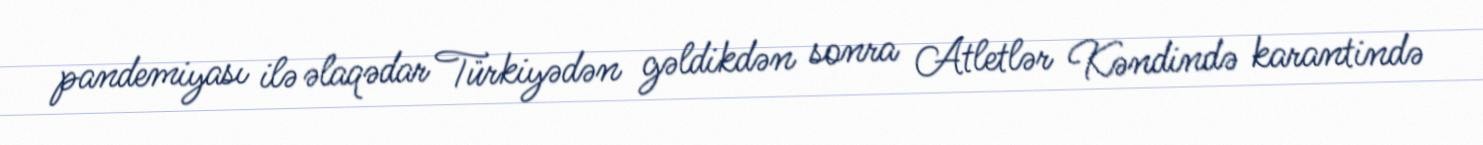
pandemiyası ilə əlaqədar Türkiyədən gəldikdən sonra Atletlər Kəndində karantində